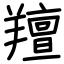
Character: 羶